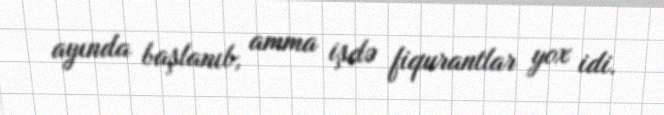
ayında başlanıb, amma işdə fiqurantlar yox idi.